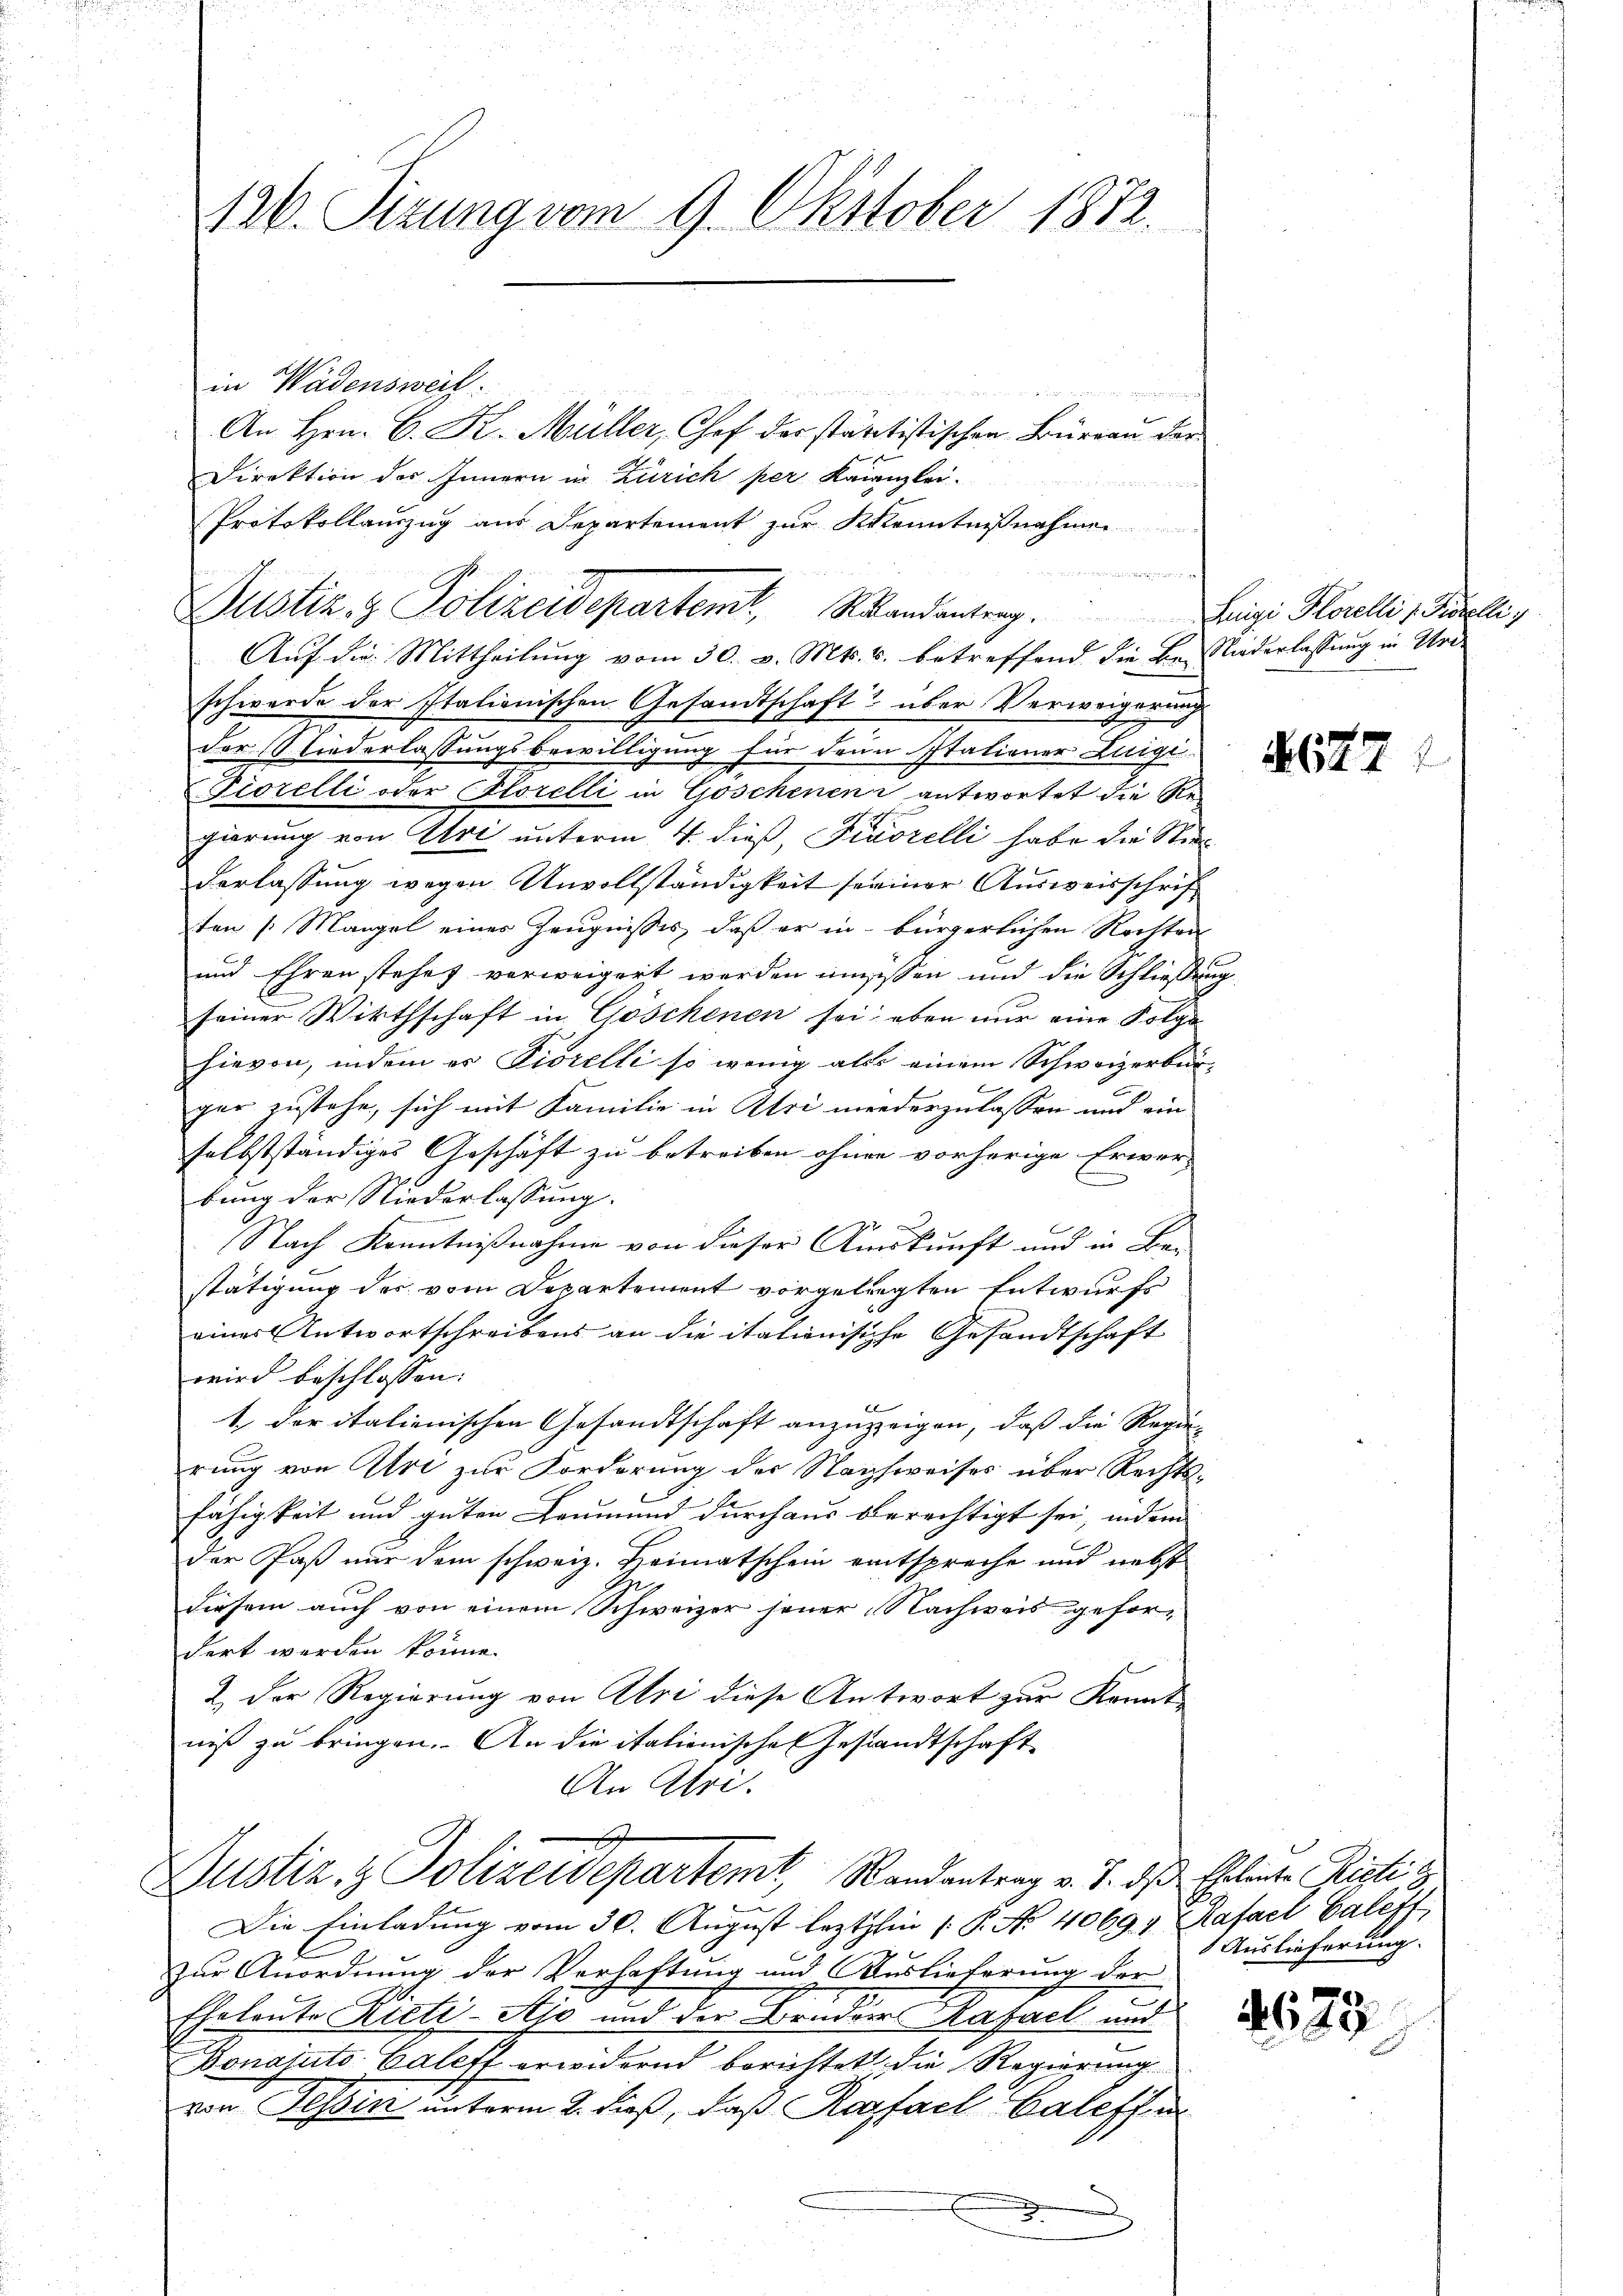
42. Sizung vom 9. Oktober 1872.
in Wädensweil.
e
An Hrn. C. K. Müller, Chef der stättistischen Büreau der
Direktion des Innern in Zürich per Kanzlei-

Auf die Mittheilung vom 30. v. Mts. s. betreffend die Be-Niederlassung in Ure-
schwerde der Italionischen Gesandts
haft? über Verweigerung
der Niederlassungsbewilligung für denn stationer Luigi
Fiorelli oder Florelli in Goschenen antwortet die Regierung von Uri unterm 4. dieß, Piaorelli habe die Stimderlassung wegen Unvollständigkeit seiner Ausweisschriften /: Mangel eines Zeugnisses, daß er in bürgerlichen Rechten
und Ehren stehet verweigert werden unwissen und die Schließung
seiner Wirthschaft in Göschenen sei; eben nur eine Folge
hievon, indem er Fiorelli so wenig als einem Schweizerbürger zustehe, sich mit Familie in Uri wiederzulassen und einselbstständiges Geschäft zu betreiben ohnen vorherige Erwer-
bung der Niederlassung.
x
Nach Kenntnißnahme von dieser Auskunft und in Ber-
stätigung des vom Departement vorgelegten Entwurfs
einer Antwortschreibens an die italienische Gesandtschaft
wird beschlossen:
1. der italienischen Gesandtschaft anzuzeigen, daß die Regierung von Art zur Forderung der Nachsweises über Rechtsfähigkeit und guten Leumund durchaus berechtigt sei, indem
der Paß nur dem schweiz. Heimatschein entspreche und nebst
diesem auch von einem Schweizer jener Nachweis gefordert worden könne.
2.) Der Regierung von Abri diese Antwort zur Konnt
niß zu bringen. An die italienische Gestandtschaft
An Uri.
E
Justiz- & Polizeidepartemt, Randantrag v. J. des Eheleute Sisti
Die Einladung vom 30. August lezthin P. No. 4069 v Rafael Caleff
zŭr Anordnŭng der Verhaftung und Auslieferŭng der
x
Eheleute Ricti-Ajo und der Bruder Rafach und
Bonavuto Caleff erwidernd berichtet die Regierung
von Hessin unterm 2. dieß, daß Razfael Caleffe
x
.

Protokollauszug aus Departement zur Kenntnißnahmen

Justiz- & Polizeidepartemt, Wandentrag. Sei Horelli, Direkti¬

27

8 Auslieferung.

4629